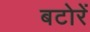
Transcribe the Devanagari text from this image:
बटोरें